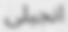
انجيلى